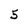
Character: 5